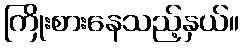
ကြိုးစားနေသည့်နှယ်။